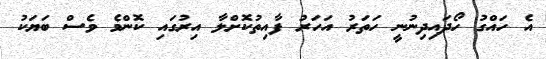
އެ ހައްގު ހޯދައިދިނުނީ ހަތަރު އަހަރު ފާއިތުކޮށްލާ އިރުގައި ކޮންމެ ވެސް ބަޔަކު